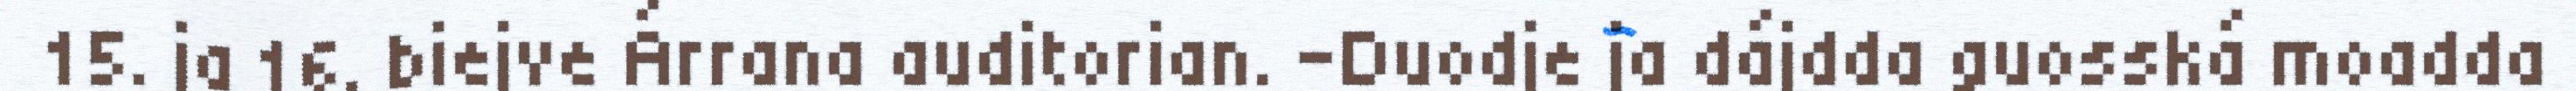
15. ja 16. biejve Árrana auditorian. -Duodje ja dájdda guosská moadda